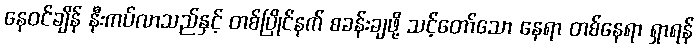
နေဝင်ချိန် နီးကပ်လာသည်နှင့် တစ်ပြိုင်နက် စခန်းချဖို့ သင့်တော်သော နေရာ တစ်နေရာ ရှာရန်